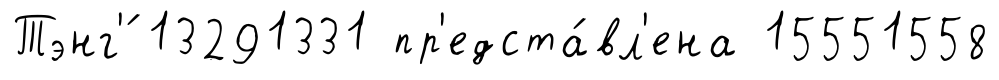
Тэнг'́ 13291331 пр'едста́вл'ена 15551558